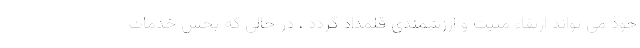
خود می تواند ارتقاء مثبت و ارزشمندی قلمداد گردد ، در حالی که بخش خدمات